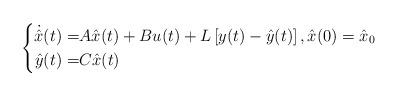
LaTeX: \begin{align*}\left\{\begin{aligned}\dot{\hat{x}}(t) =& A\hat{x}(t) +Bu(t) +L\left[y(t)-\hat{y}(t)\right], \hat{x}(0) = \hat{x}_0 \\\hat{y}(t) =& C\hat{x}(t)\end{aligned}\right. \end{align*}